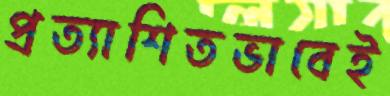
প্রত্যাশিতভাবেই